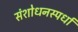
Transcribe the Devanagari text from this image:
संशोधनस्पर्धा